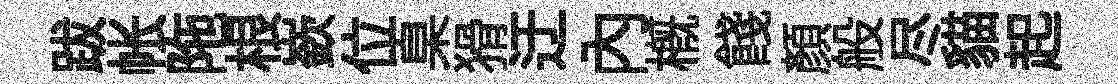
跋帐陁根嶔位臬猾迂内概餞顔般尽貓起